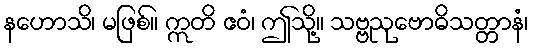
နဟောသိ၊ မဖြစ်။ ဣတိ ဧဝံ၊ ဤသို့။ သဗ္ဗညုဗောဓိသတ္တာနံ၊